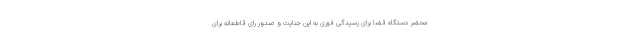
محضر دستگاه قضا برای رسیدگی فوری به این جنایت و صدور رای قاطعانه برای